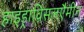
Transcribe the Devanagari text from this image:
हाइड्राविसलएैमीन